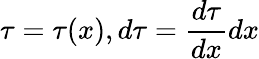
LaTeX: \tau=\tau(x),d\tau=\frac{d\tau}{dx}dx